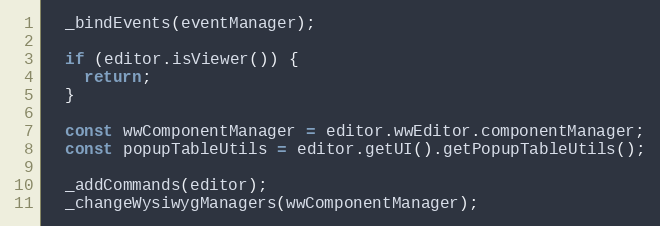
Language: JavaScript
  _bindEvents(eventManager);

  if (editor.isViewer()) {
    return;
  }

  const wwComponentManager = editor.wwEditor.componentManager;
  const popupTableUtils = editor.getUI().getPopupTableUtils();

  _addCommands(editor);
  _changeWysiwygManagers(wwComponentManager);